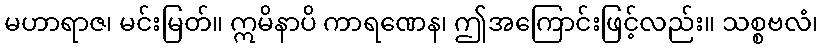
မဟာရာဇ၊ မင်းမြတ်။ ဣမိနာပိ ကာရဏေန၊ ဤအကြောင်းဖြင့်လည်း။ သစ္စဗလံ၊